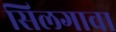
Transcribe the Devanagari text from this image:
सिलगावा